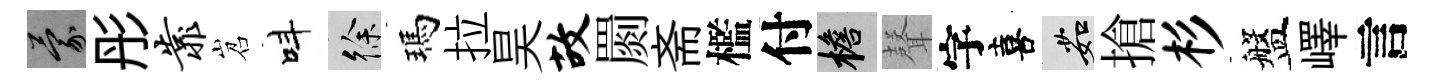
蒙彤靠岧呌徐瑪拉昊故罽斋檻付檐𮋻字喜茹搶杉盤嶧言